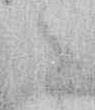
々